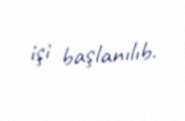
işi başlanılıb.